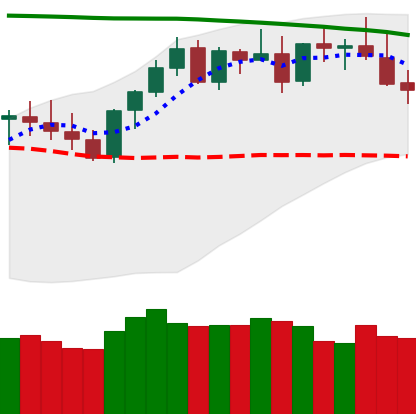
Ticker: XMR-USD
Chart end date: 2021-08-18
Forward return: 25.573%
Label: up_7plus